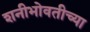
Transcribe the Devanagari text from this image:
शनीभोवतीच्या